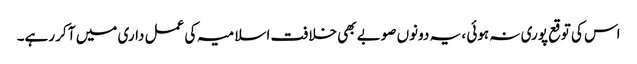
اس کی توقع پوری نہ ہوئی ، یہ دونوں صوبے بھی خلافت اسلامیہ کی عمل داری میں آ کر رہے۔